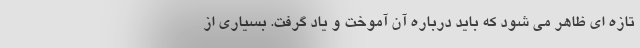
تازه ای ظاهر می شود که باید درباره آن آموخت و یاد گرفت. بسیاری از